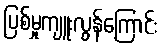
ပြစ်မှုကျူးလွန်ကြောင်း